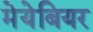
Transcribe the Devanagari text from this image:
मेयेबियर